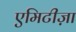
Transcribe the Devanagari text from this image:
एमिटीज़ा